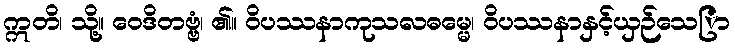
ဣတိ၊ သို့။ ဝေဒိတဗ္ဗံ၊ ၏။ ဝိပဿနာကုသလဓမ္မေ၊ ဝိပဿနာနှင့်ယှဉ်သေြာ